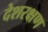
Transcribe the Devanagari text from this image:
देशरक्षण